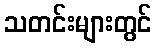
သတင်းများတွင်